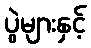
ပွဲများနှင့်